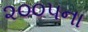
૨૦૦૫ના